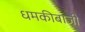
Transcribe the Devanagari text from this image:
धमकीबाजी